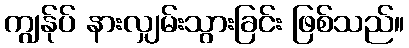
ကျွန်ုပ် နားလျှမ်းသွားခြင်း ဖြစ်သည်။